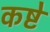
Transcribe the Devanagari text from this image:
कष्टे